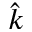
\hat { k }